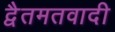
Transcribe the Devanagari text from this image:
द्वैतमतवादी